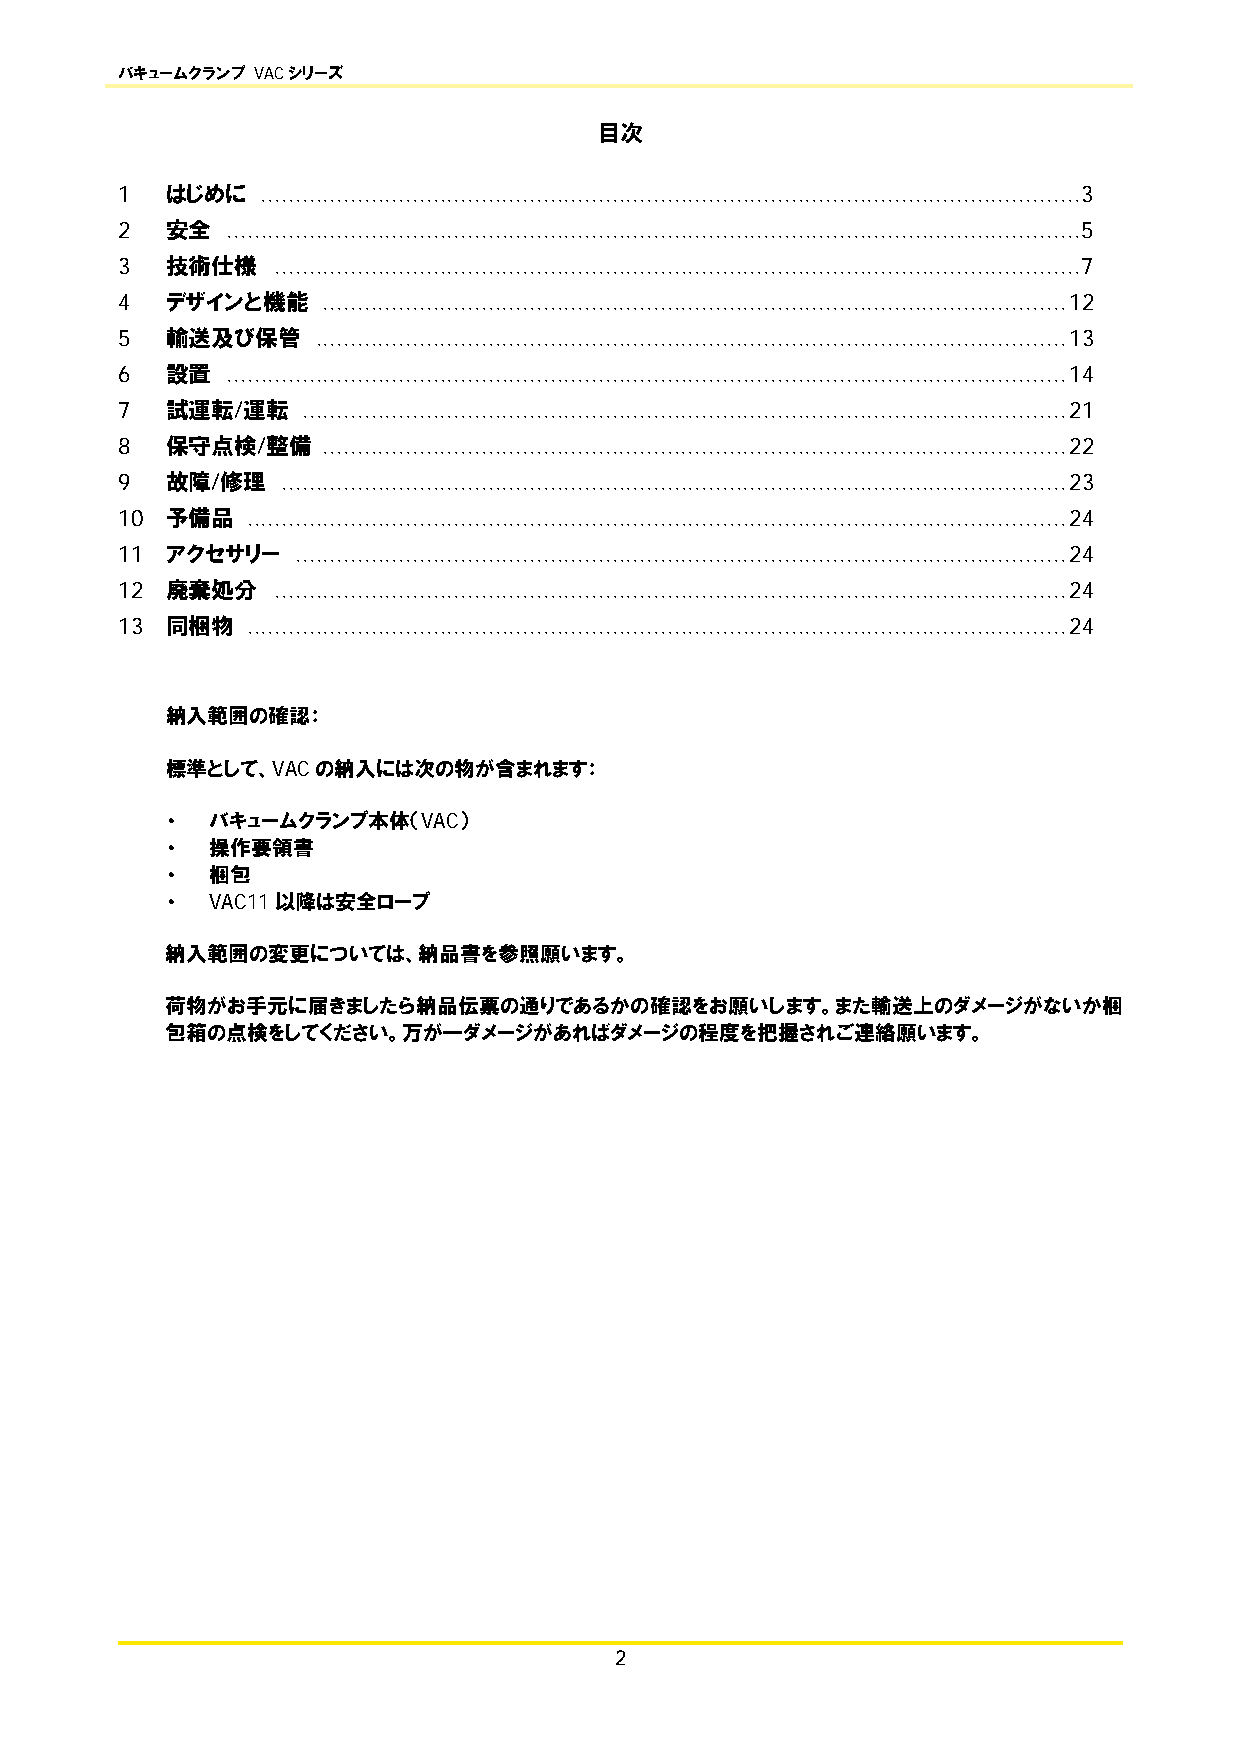
バキュームクランプ VACシリーズ
 目次
 1  はじめに  ....................................................................................................................... 3
 2  安全  ............................................................................................................................ 5
 3  技術仕様   ..................................................................................................................... 7
 4  デザインと機能   ............................................................................................................ 12
 5  輸送及び保管    ............................................................................................................. 13
 6  設置  .......................................................................................................................... 14
 7  試運転/運転   ............................................................................................................... 21
 8  保守点検/整備   ............................................................................................................ 22
 9  故障/修理   .................................................................................................................. 23
 10 予備品  ....................................................................................................................... 24
 11 アクセサリー   ................................................................................................................ 24
 12 廃棄処分   ................................................................................................................... 24
 13 同梱物  ....................................................................................................................... 24
 納入範囲の確認：
 標準として、VACの納入には次の物が含まれます：
 ・  バキュームクランプ本体（VAC）
 ・  操作要領書
 ・  梱包
 ・  VAC11以降は安全ロープ
 納入範囲の変更については、納品書を参照願います。
 荷物がお手元に届きましたら納品伝票の通りであるかの確認をお願いします。また輸送上のダメージがないか梱
 包箱の点検をしてください。万が一ダメージがあればダメージの程度を把握されご連絡願います。
 2